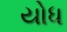
યોધ